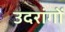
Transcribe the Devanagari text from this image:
उदरांगों